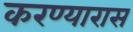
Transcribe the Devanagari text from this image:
करण्यारास